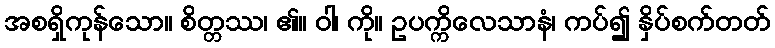
အစရှိကုန်သော။ စိတ္တဿ၊ ၏။ ဝါ၊ ကို။ ဥပက္ကိလေသာနံ၊ ကပ်၍ နှိပ်စက်တတ်